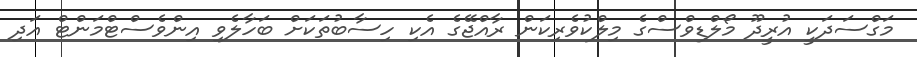
މަގްސަދަކީ އުރީދޫ މޯލްޑިވްސްގެ މިލްކުވެރިކަން ރާއްޖޭގެ އެކި ހިސާބުތަކަށް ބަހާލެވި އިންވެސްޓްމަންޓް އަދި